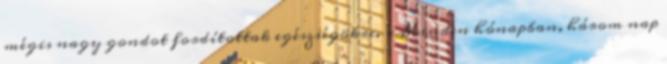
mégis nagy gondot fordítottak egészségökre. «Minden hónapban, három nap